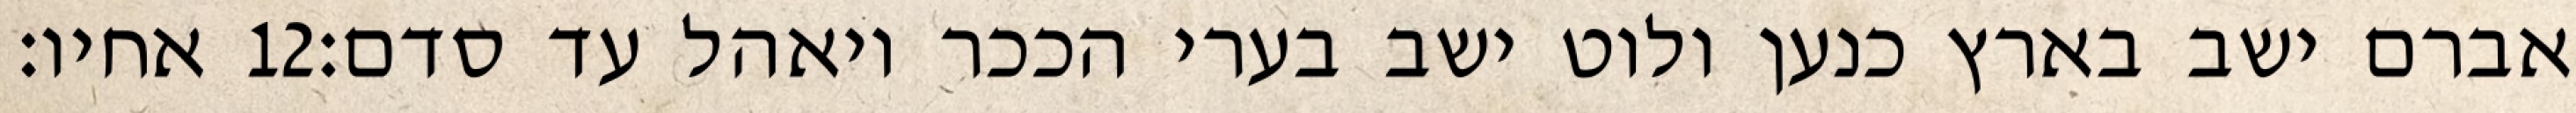
אחיו׃ ‎12‏ אברם ישב בארץ כנען ולוט ישב בערי הככר ויאהל עד סדם׃